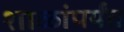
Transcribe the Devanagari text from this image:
शाळांपर्यंत